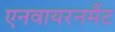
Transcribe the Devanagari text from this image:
एनवायरनमैंट